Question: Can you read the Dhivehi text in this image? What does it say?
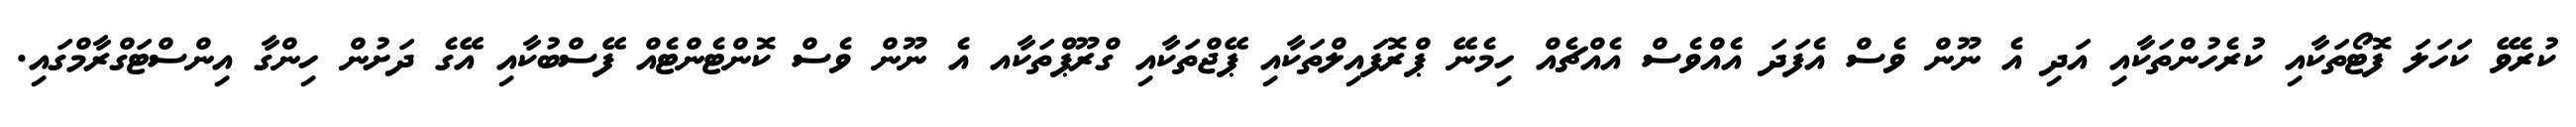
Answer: ކުރެވޭ ކަހަލަ ފޮޓޯތަކާއި ކުރެހުންތަކާއި އަދި އެ ނޫން ވެސް އެފަދަ އެއްވެސް އެއްޗެއް ހިމެނޭ ޕްރޮފައިލްތަކާއި ޕޭޖްތަކާއި ގްރޫޕްތަކާއ އެ ނޫން ވެސް ކޮންޓެންޓެއް ފޭސްބުކާއި އޭގެ ދަށުން ހިންގާ އިންސްޓަގްރާމްގައި.